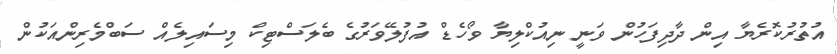
އުތުރުކޮރެޔާ އިން ދާދިފަހުން ވަނީ ނިއުކްލިޔާ ވޯހެޑް އުފުލޭވަރުގެ ބެލަސްޓިކް މިސައިލެއް ސަބްމެރިންއަކުން